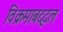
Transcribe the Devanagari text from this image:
विक्रमाबद्दल